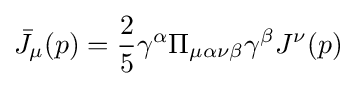
{\bar {J}}_{\mu }(p)={\frac {2}{5}}\gamma ^{\alpha }\Pi _{\mu \alpha \nu \beta }\gamma ^{\beta }J^{\nu }(p)